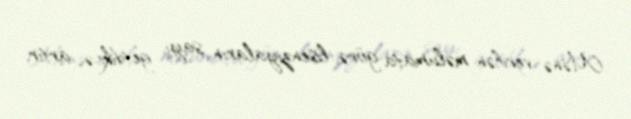
Mənə verilən məlumata görə, lisenziyaların sayı getdikcə artır.